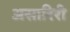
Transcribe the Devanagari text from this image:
असारिरी